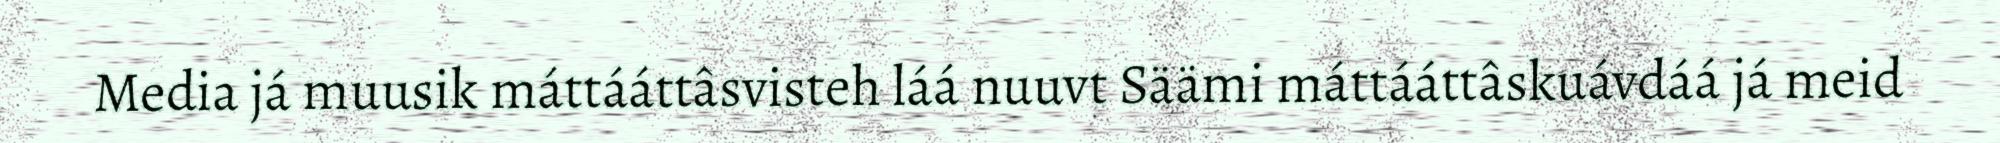
Media já muusik máttááttâsvisteh láá nuuvt Säämi máttááttâskuávdáá já meid